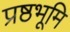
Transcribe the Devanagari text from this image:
प्रष्ठभूमि